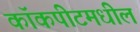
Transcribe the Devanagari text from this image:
कॉकपीटमधील